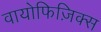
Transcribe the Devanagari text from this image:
वायोफिज़िक्स